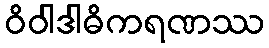
ဝိဝါဒါဓိကရဏဿ